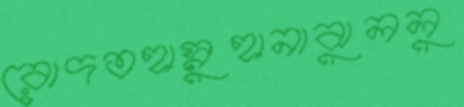
রোদতহাস্নুহানাঝুললু